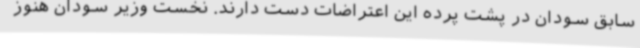
سابق سودان در پشت پرده این اعتراضات دست دارند. نخست وزیر سودان هنوز